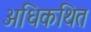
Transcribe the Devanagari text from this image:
अधिकथित